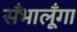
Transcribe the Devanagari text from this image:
सँभालूँगा